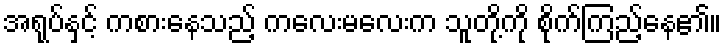
အရုပ်နှင့် ကစားနေသည့် ကလေးမလေးက သူတို့ကို စိုက်ကြည့်နေ၏။